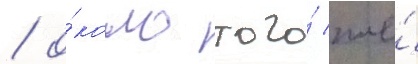
/ о́коло того́ же́